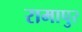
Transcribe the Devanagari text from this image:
रामापुर